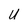
Character: U